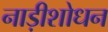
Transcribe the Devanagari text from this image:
नाड़ीशोधन